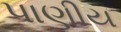
પાણીય